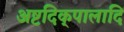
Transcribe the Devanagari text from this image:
अष्टदिक्‌पालादि